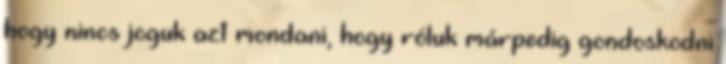
hogy nincs joguk azt mondani, hogy róluk márpedig gondoskodni